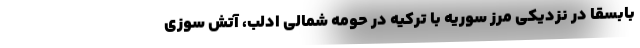
بابسقا در نزدیکی مرز سوریه با ترکیه در حومه شمالی ادلب، آتش سوزی